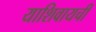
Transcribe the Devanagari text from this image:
याशिवायची